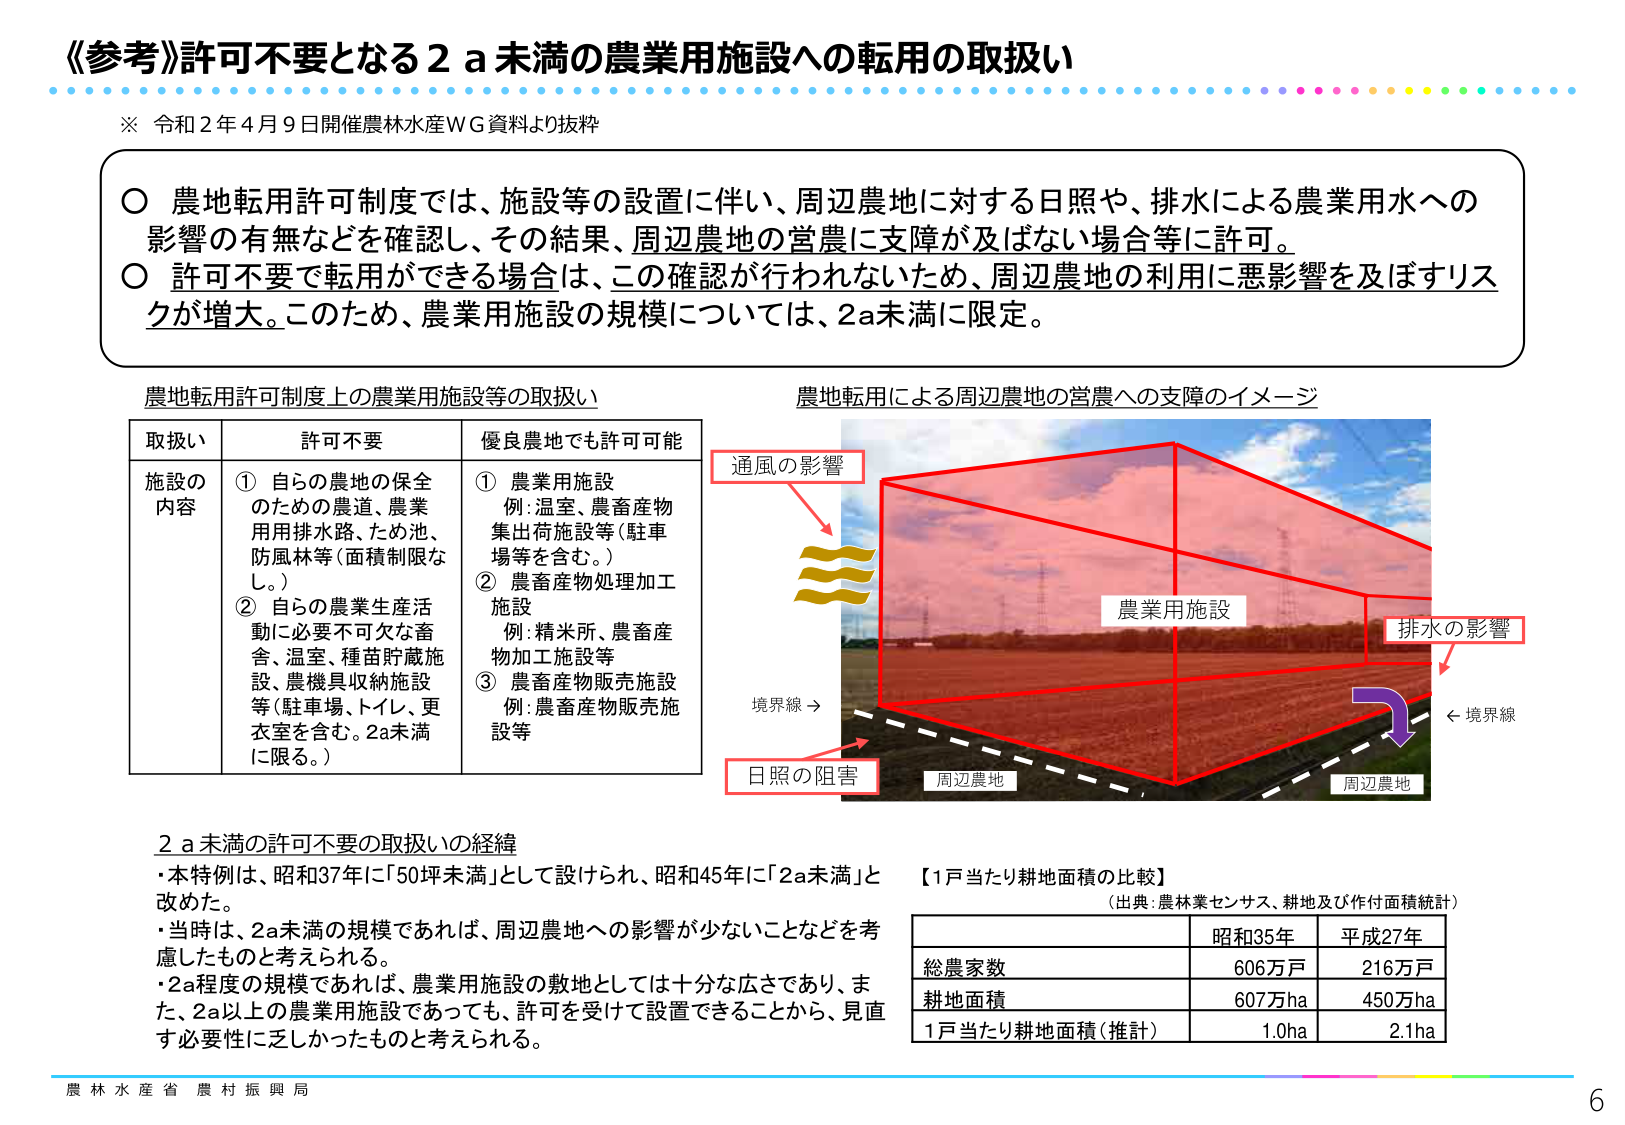
《参考》許可不要となる２ａ未満の農業用施設への転用の取扱い
※ 令和２年４月９日開催農林水産ＷＧ資料より抜粋

○ 農地転用許可制度では、施設等の設置に伴い、周辺農地に対する日照や、排水による農業用水への影響の有無などを確認し、その結果、周辺農地の営農に支障が及ばない場合等に許可。
○ 許可不要で転用ができる場合は、この確認が行われないため、周辺農地の利用に悪影響を及ぼすリスクが増大。このため、農業用施設の規模については、２ａ未満に限定。

農地転用許可制度上の農業用施設等の取扱い
取扱い　　許可不要　　優良農地でも許可可能
施設の内容
① 自らの農地の保全のための農道、農業用排水路、ため池、防風林等（面積制限なし。）
② 自らの農業生産活動に必要不可欠な畜舎、温室、種苗貯蔵施設、農機具収納施設等（駐車場、トイレ、更衣室を含む。２ａ未満に限る。）
① 農業用施設
例：温室、農畜産物集出荷施設等（駐車場等を含む。）
② 農畜産物処理加工施設
例：精米所、農畜産物加工施設等
③ 農畜産物販売施設
例：農畜産物販売施設等

農地転用による周辺農地の営農への支障のイメージ
通風の影響
排水の影響
農業用施設
境界線 →
← 境界線
日照の阻害
周辺農地
周辺農地

２ａ未満の許可不要の取扱いの経緯
・本特例は、昭和37年に「50坪未満」として設けられ、昭和45年に「2ａ未満」と改めた。
・当時は、2ａ未満の規模であれば、周辺農地への影響が少ないことなどを考慮したものと考えられる。
・2ａ程度の規模であれば、農業用施設の敷地としては十分な広さであり、また、2ａ以上の農業用施設であっても、許可を受けて設置できることから、見直す必要性に乏しかったものと考えられる。

【１戸当たり耕地面積の比較】
（出典：農林業センサス、耕地及び作付面積統計）
　　　　　　昭和35年　　平成27年
総農家数　　　606万戸　　216万戸
耕地面積　　　607万ha　　450万ha
１戸当たり耕地面積（推計）　1.0ha　　2.1ha

農林水産省 農村振興局
6